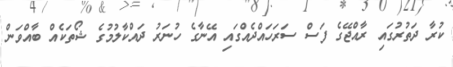
ކުރާ ދަތުރުގައި ރާއްޖޭގެ ފަސް ސަރަހައްދެއްގައި އޭނާގެ ހުނަރު ދައްކާލުމުގެ ޝޯތަކެއް ބާއްވަން